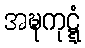
အဍ္ဎကုဋ္ဋံ